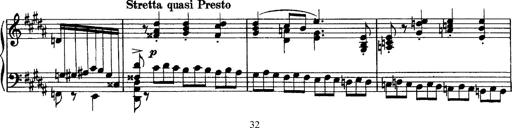
Title: Piano Sonata
Composer: Karl HÃ¤ssler
Key: C major